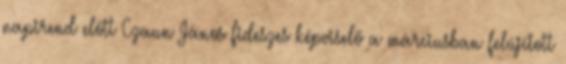
napirend előtt Czaun János fideszes képviselő a márciusban felújított